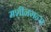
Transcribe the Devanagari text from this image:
मशीनगन्स